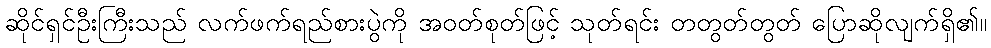
ဆိုင်ရှင်ဦးကြီးသည် လက်ဖက်ရည်စားပွဲကို အဝတ်စုတ်ဖြင့် သုတ်ရင်း တတွတ်တွတ် ပြောဆိုလျက်ရှိ၏။